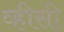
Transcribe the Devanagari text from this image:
व्हीसी